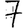
Digit: 7